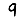
Digit: 9